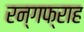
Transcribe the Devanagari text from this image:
रन्गफ्राह